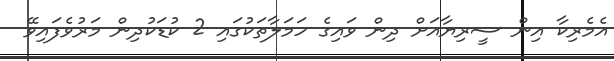
އެމެރިކާ އިން ސީރިޔާއަށް ދިން ވައިގެ ހަމަލާތަކުގައި 2 ކުޑަކުދިން މަރުވެފައިވޭ